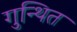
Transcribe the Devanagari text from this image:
गुन्थित